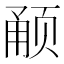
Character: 𬱥